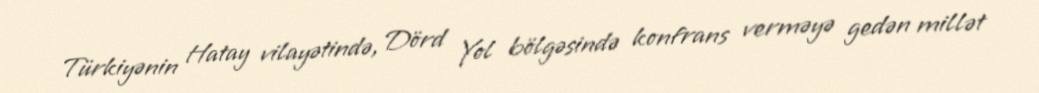
Türkiyənin Hatay vilayətində, Dörd Yol bölgəsində konfrans verməyə gedən millət